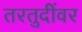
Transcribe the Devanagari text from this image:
तरतुदींवर